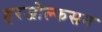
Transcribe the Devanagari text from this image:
हरजोल्फसन